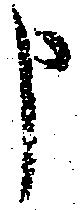
申